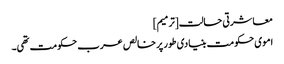
معاشرتی حالت[ترمیم]
اموی حکومت بنیادی طور پر خالص عرب حکومت تھی۔